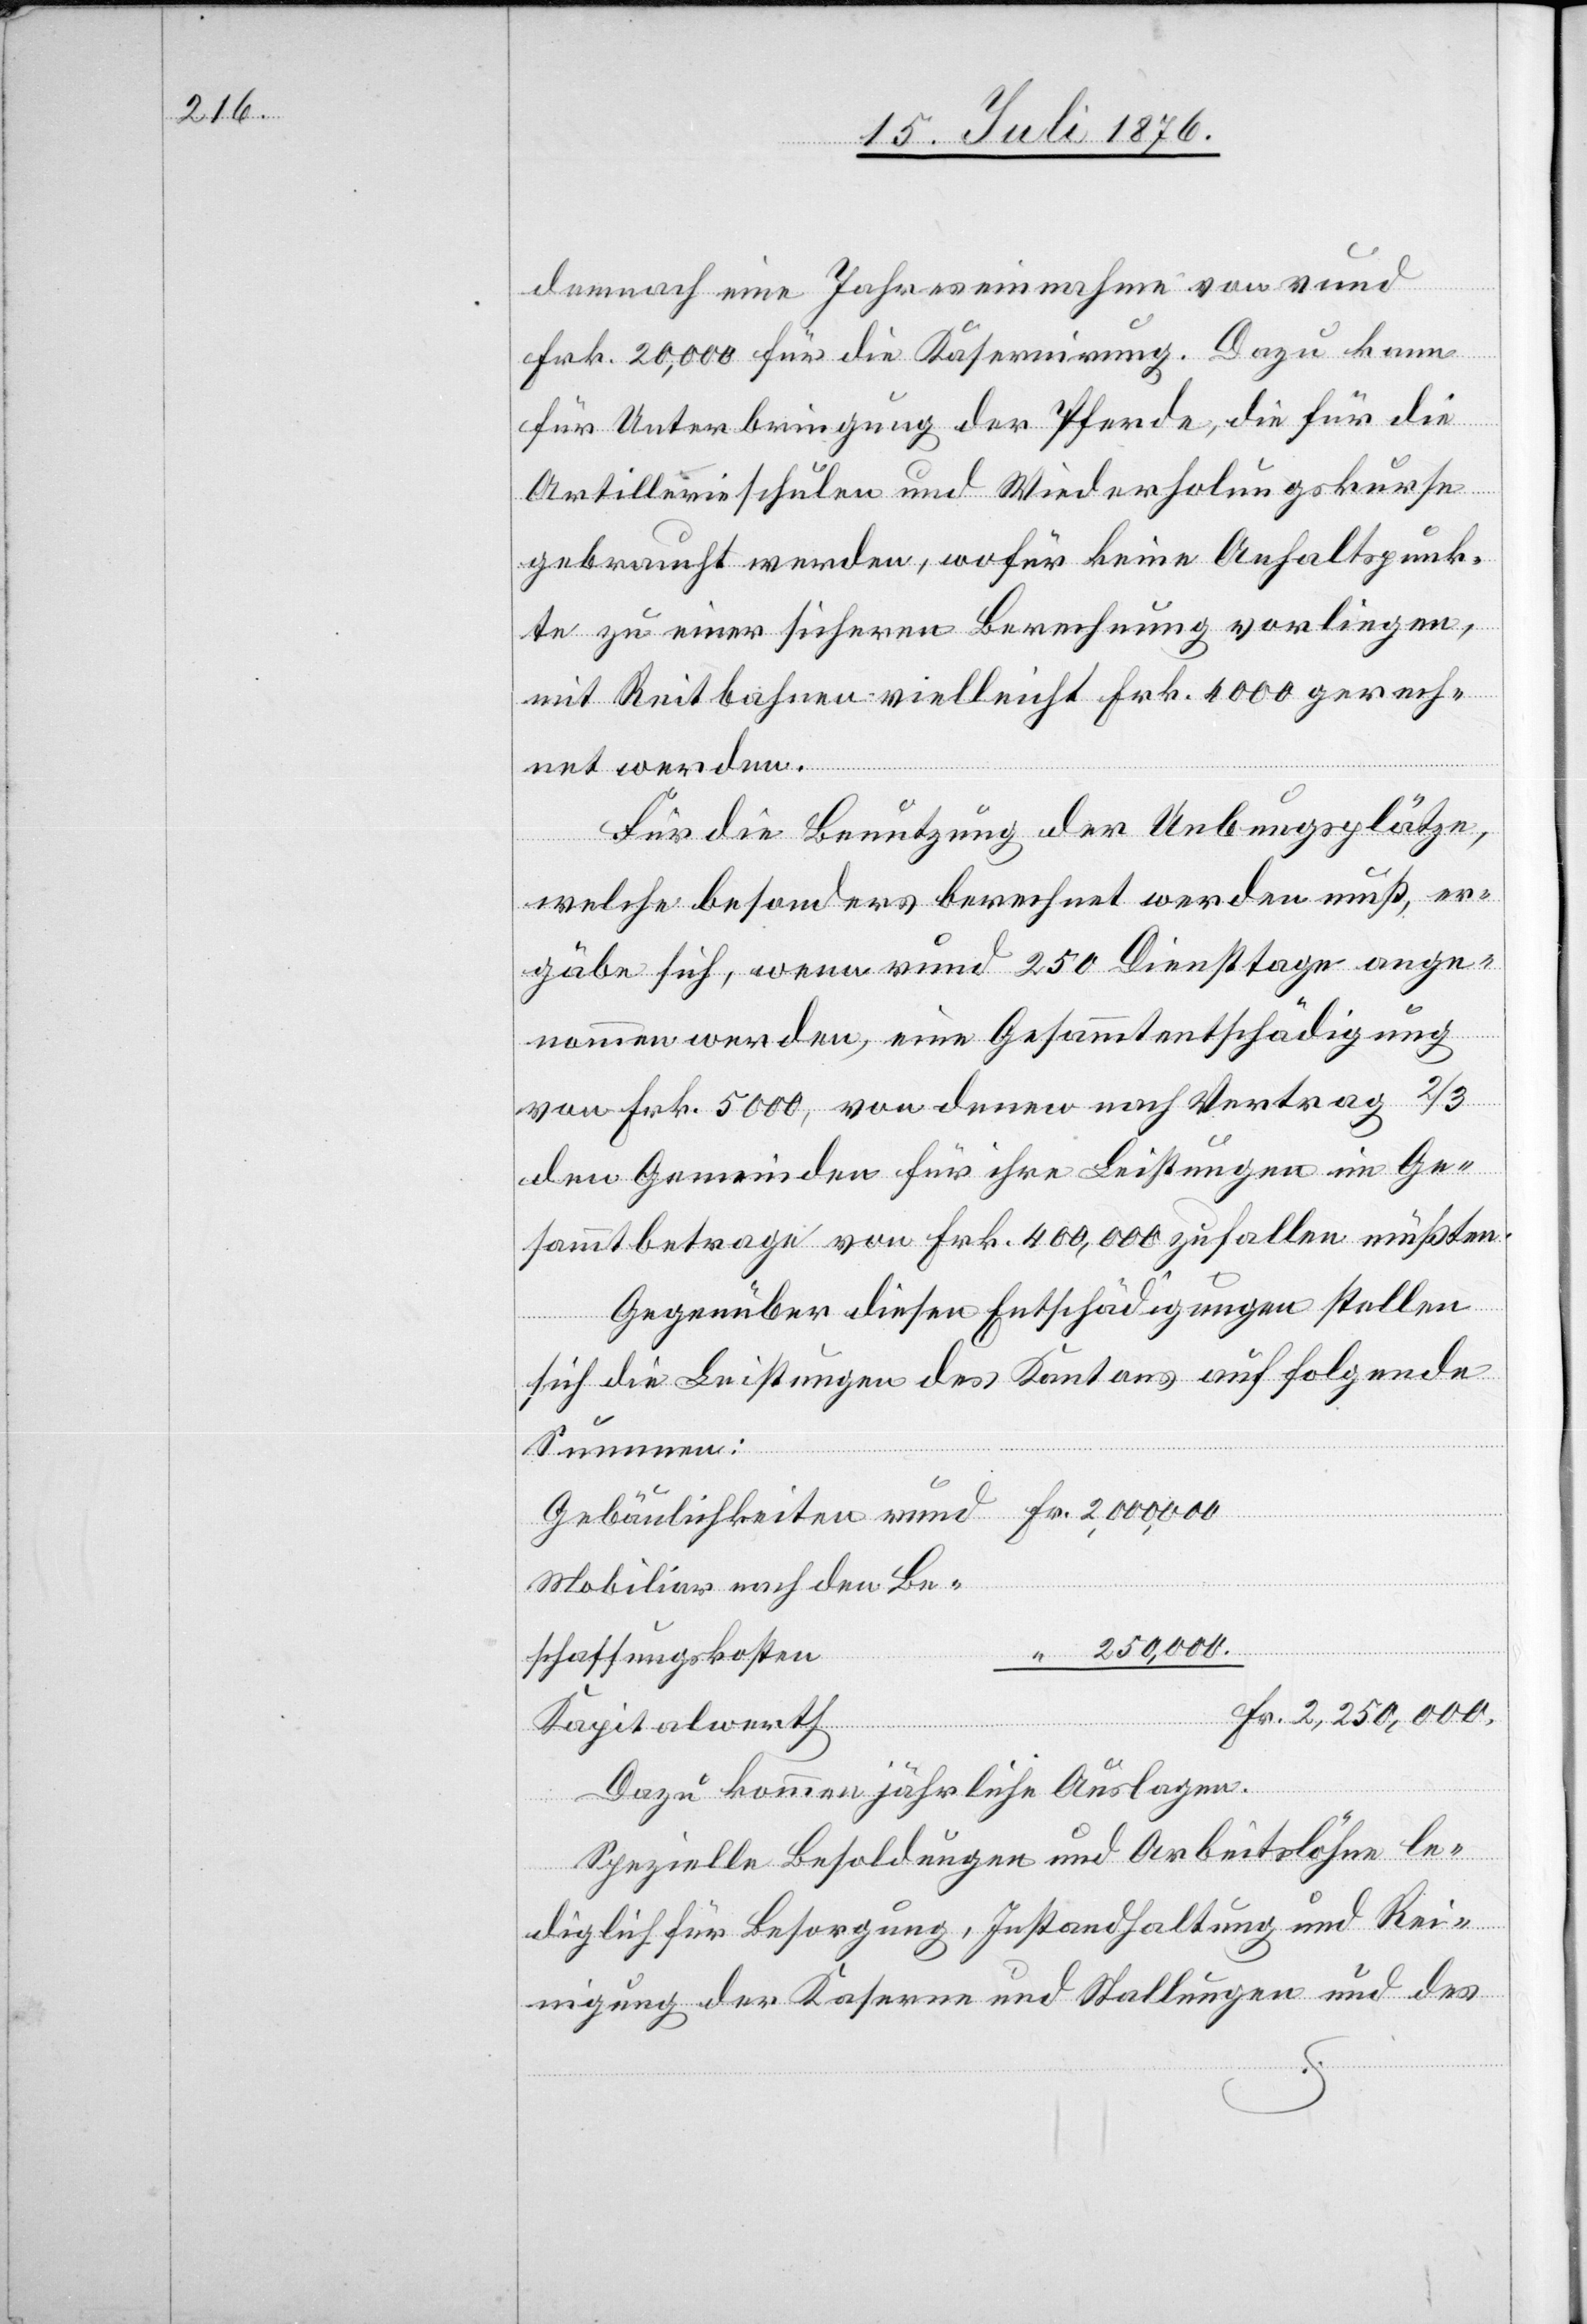
demnach eine Jahreseinnahme von rund
Frk. 20,000 für die Kasernirung. Dazu kann
für Unterbringung der Pferde, die für die
Artillerieschulen und Wiederholungskurse
gebraucht werden, wofür keine Anhaltspunk¬
te zu einer sicheren Berechnung vorliegen,
mit Reitbahnen vielleicht Frk. 4000 gerech¬
net werden.
Für die Benutzung der Uebungsplätze,
welche besonders berechnet werden muß, er¬
gäbe sich, wenn rund 250 Diensttage ange¬
nommen werden, eine Gesammtentschädigung
von Frk. 5000, von denen nach Vertrag 2/3
den Gemeinden für ihre Leistungen im Ge¬
sammtbetrage von Frk. 400,000 zufallen müßten.
Gegenüber diesen Entschädigungen stellen
rund
sich die Leistungen des Kantons auf folgende
Summen:
Mobiliar nach den Be¬
schaffungskosten
Kapitalwerth
Dazu kommen jährliche Auslagen.
Spezielle Besoldungen und Arbeitslöhne le¬
diglich für Besorgung, Instandhaltung und Rei¬
nigung der Kaserne und Stallungen und des